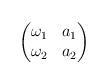
LaTeX: \begin{align*}\begin{pmatrix}\omega_1 & a_1\\ \omega_2 & a_2\end{pmatrix}\end{align*}